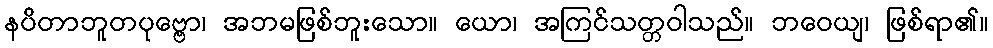
နပိတာဘူတပုဗ္ဗော၊ အဘမဖြစ်ဘူးသော။ ယော၊ အကြင်သတ္တဝါသည်။ ဘဝေယျ၊ ဖြစ်ရာ၏။